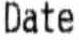
DATE